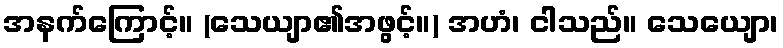
အနက်ကြောင့်။ (သေယျာ၏အဖွင့်။) အဟံ၊ ငါသည်။ သေယျော၊